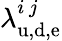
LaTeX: \lambda_{\mathrm{u,d,e}}^{i\, j}